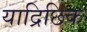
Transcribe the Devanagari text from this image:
याद्रिछिक